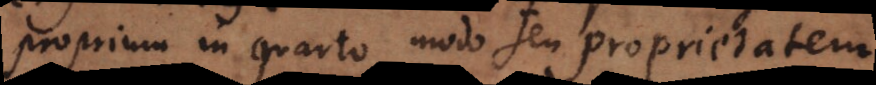
proprium in quarto modo seu proprietatem